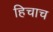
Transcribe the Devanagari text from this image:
हिचाच